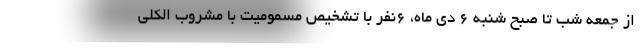
از جمعه شب تا صبح شنبه ۶ دی ماه، ۶نفر با تشخیص مسمومیت با مشروب الکلی